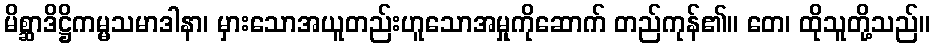
မိစ္ဆာဒိဋ္ဌိကမ္မသမာဒါနာ၊ မှားသောအယူတည်းဟူသောအမှုကိုဆောက် တည်ကုန်၏။ တေ၊ ထိုသူတို့သည်။